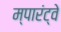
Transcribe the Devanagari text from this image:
म्पारंट्वे